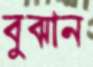
বুঝান